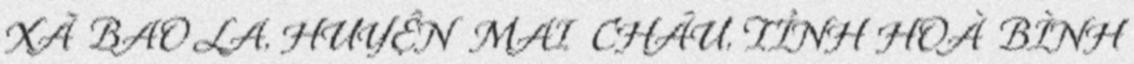
XÃ BAO LA, HUYỆN MAI CHÂU, TỈNH HOÀ BÌNH